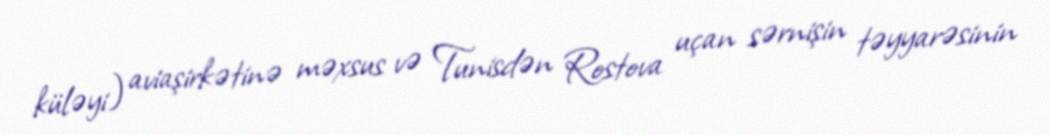
küləyi) aviaşirkətinə məxsus və Tunisdən Rostova uçan sərnişin təyyarəsinin